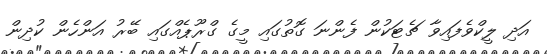
އަދި ލީކްވެފައިވާ ޗެޓަކުން ފެންނަ ގޮތުގައި މީގެ ގްރޫޕެއްގައި ބޭރު އަންހެން ކުދިން